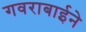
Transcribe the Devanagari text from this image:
गवराबाईने